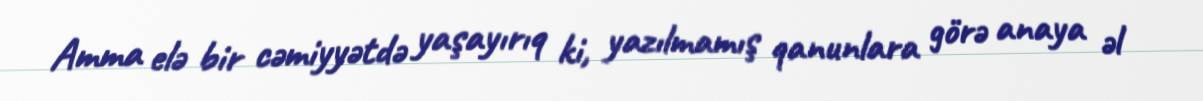
Amma elə bir cəmiyyətdə yaşayırıq ki, yazılmamış qanunlara görə anaya əl